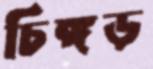
চিঙ্গড়